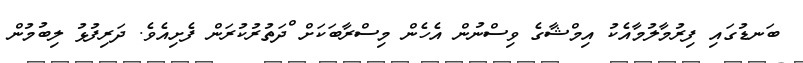
ބަނޑުގައި ފިރުމާލުމާއެކު އިމްޝާގެ ވިސްނުން އެހެން މިސްރާބަކަށް ްދަތުރުކުރަން ފެށިއެވެ. ދަރިފުޅު ލިބުމުން